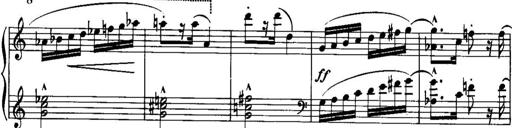
Title: Piano Sonatina No.1, Op.146
Composer: Stephen Heller